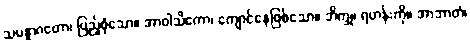
သမန္နာဂတော၊ ပြည့်စုံသော။ အာဝါသိကော၊ ကျောင်နေဖြစ်သော။ ဘိက္ခု၊ ရဟန်းကို။ အာဘာတံ၊